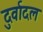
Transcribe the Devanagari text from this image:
दुर्वादल